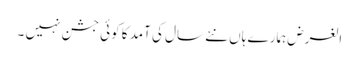
الغرض ہمارے ہاں نئے سال کی آمد کا کوئی جشن نہیں ۔